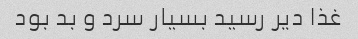
غذا دیر رسید بسیار سرد و بد بود